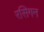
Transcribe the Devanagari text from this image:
रसिगन